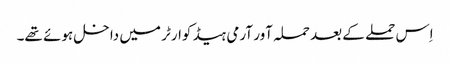
اِس حملے کے بعد حملہ آور آرمی ہیڈ کوارٹر میں داخل ہوئے تھے۔